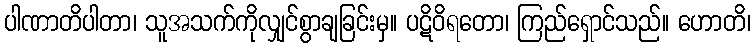
ပါဏာတိပါတာ၊ သူအသက်ကိုလျှင်စွာချခြင်းမှ။ ပဋိဝိရတော၊ ကြည်ရှောင်သည်။ ဟောတိ၊